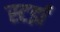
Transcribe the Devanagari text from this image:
स्टर्झ